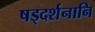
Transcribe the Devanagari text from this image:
षड्दर्शनानि